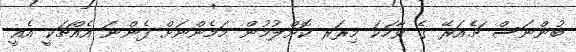
ބުންނަސް ޗެއަރޭ ގެ ވާހަކަ މިރަރ ކޮށްލުމުން މަމެންނަށް ފެންނަ އެއްޗަކީ އެއީ